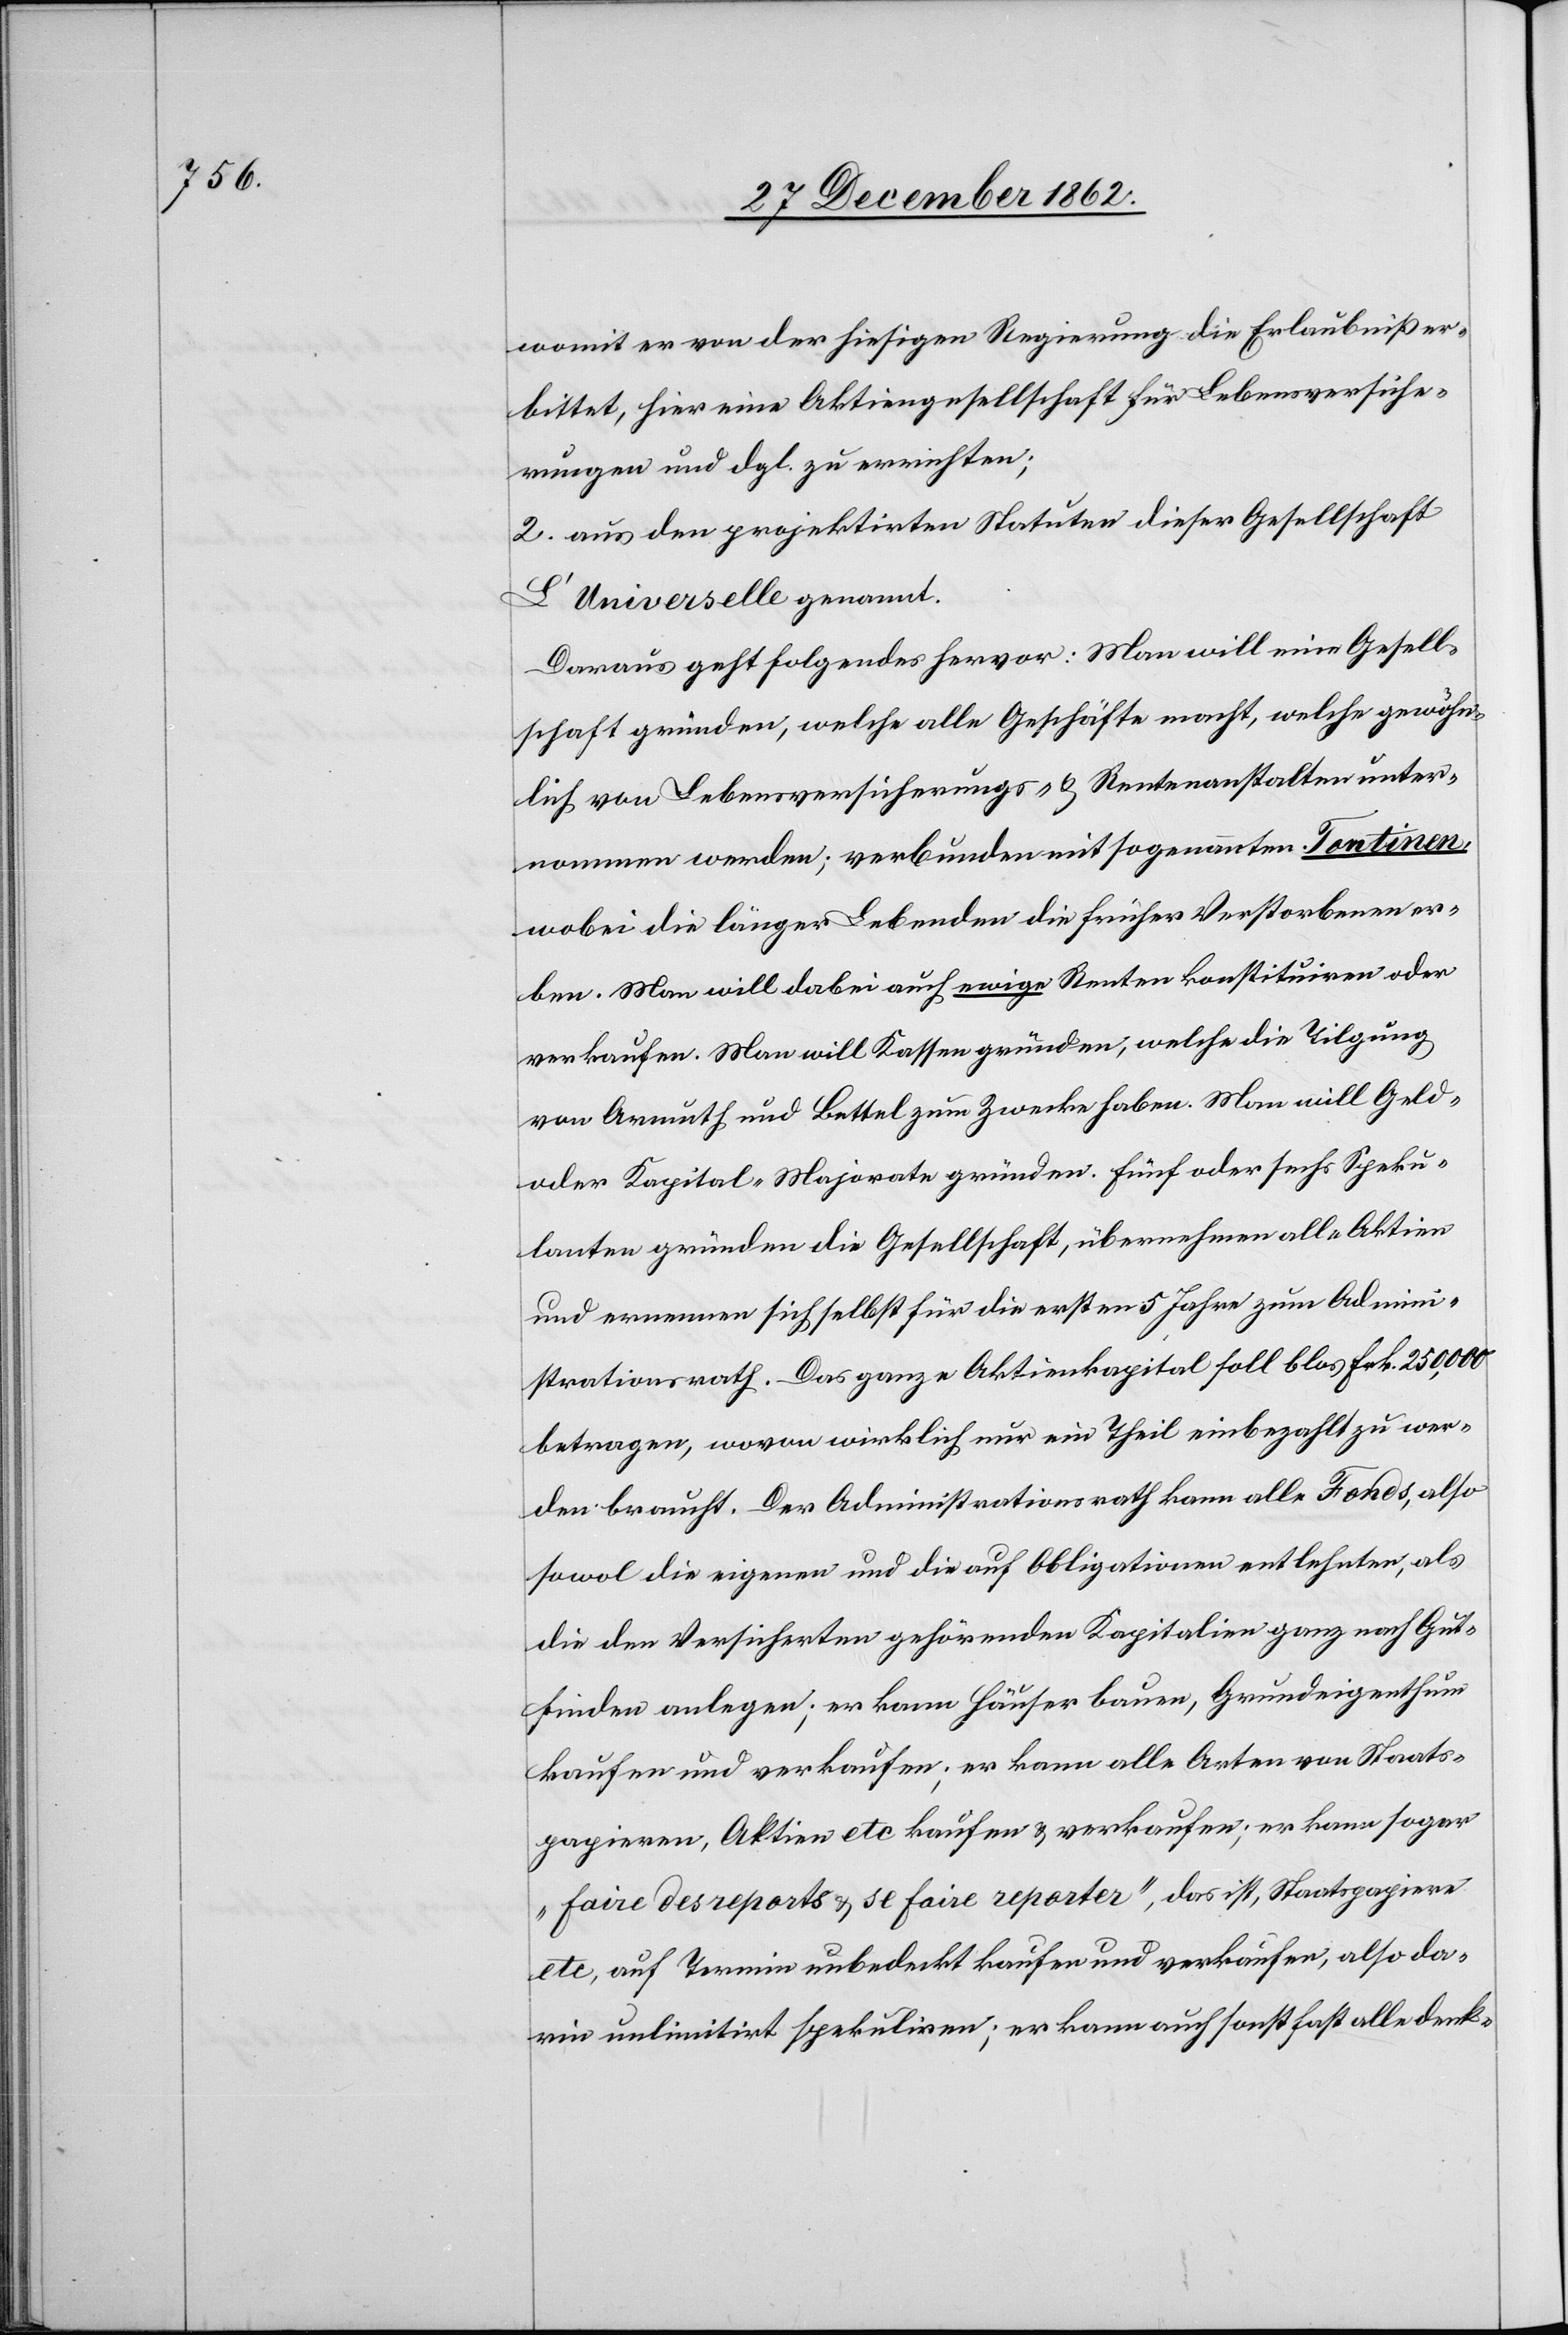
womit er von der hiesigen Regierung die Erlaubniß er¬
bittet, hier eine Aktiengesellschaft für Lebensversiche¬
rungen und dgl. zu errichten;
2. aus den projektirten Statuten dieser Gesellschaft
L’Universelle genannt.
Daraus geht folgendes hervor: Man will eine Gesell¬
schaft gründen, welche alle Geschäfte macht, welche gewöhn¬
lich von Lebensversicherungs- u. Rentenanstalten unter¬
nommen werden; verbunden mit sogenannten Tontinen,
wobei die länger Lebenden die früher Verstorbenen er¬
ben. Man will dabei auch ewige Renten konstituiren oder
verkaufen. Man will Kassen gründen, welche die Tilgung
von Armuth und Bettel zum Zwecke haben. Man will Geld-
oder Kapital-Majorate gründen. Fünf oder sechs Speku¬
lanten gründen die Gesellschaft, übernehmen alle Aktien
und ernennen sich selbst für die ersten 5 Jahre zum Admini¬
strationsrath. Das ganze Aktienkapital soll blos Frk. 250,000
betragen, wovon wirklich nur ein Theil einbezahlt zu wer¬
den braucht. Der Administrationsrath kann alle Fonds, also
sowol die eigenen und die auf Obligationen entlehnten, als
die den Versicherten gehörenden Kapitalien ganz nach Gut¬
finden anlegen; er kann Häuser bauen, Grundeigenthum
kaufen und verkaufen; er kann alle Arten von Staats¬
papieren, Aktien etc. kaufen u. verkaufen; er kann sogar
„faire des reports [et] se faire reporter“, das ist, Staatspapiere
etc, auf Termin unbedeckt kaufen und verkaufen, also da¬
rin unlimitirt spekuliren; er kann auch sonst fast alle denk-